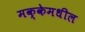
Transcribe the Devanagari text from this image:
मक्केमधील